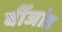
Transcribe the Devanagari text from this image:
बींजांड